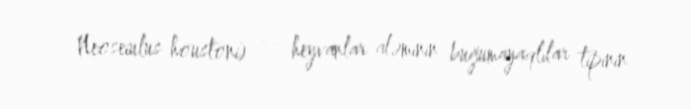
Neoseiulus houstoni) — heyvanlar aləminin buğumayaqlılar tipinin